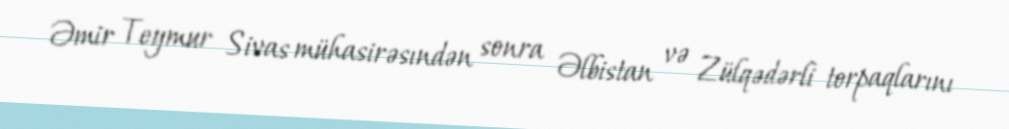
Əmir Teymur Sivas mühasirəsındən sonra Əlbistan və Zülqədərli torpaqlarını